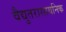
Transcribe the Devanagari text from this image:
वैद्युतरासायनिक